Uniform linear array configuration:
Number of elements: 12
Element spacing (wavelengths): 0.5
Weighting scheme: uniform
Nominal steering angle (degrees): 45
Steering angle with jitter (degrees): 45.178
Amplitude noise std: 0.05
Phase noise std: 0.05

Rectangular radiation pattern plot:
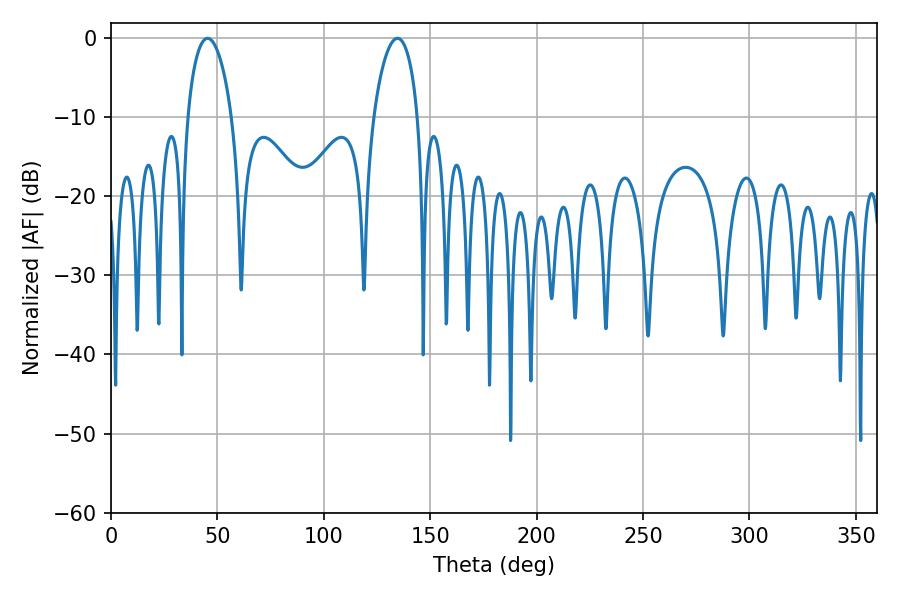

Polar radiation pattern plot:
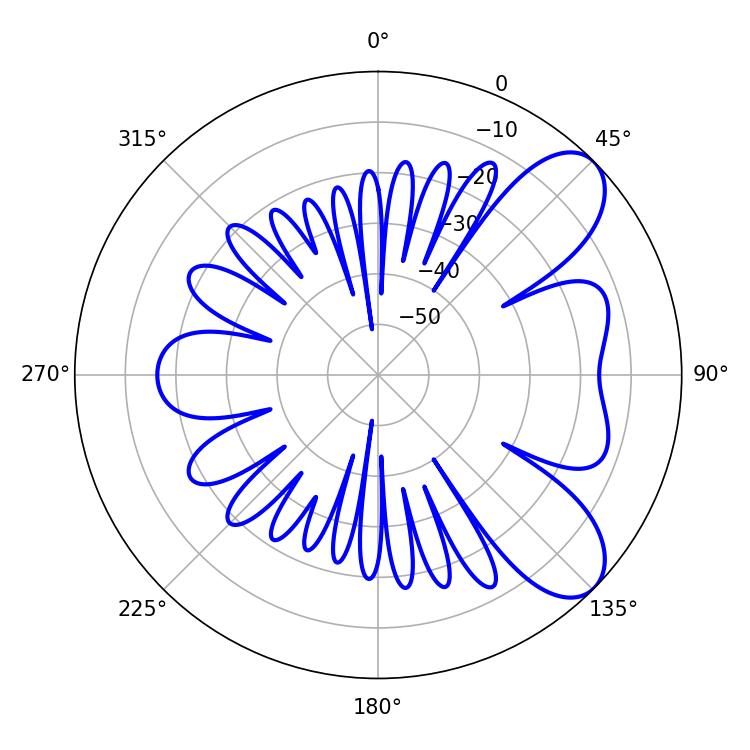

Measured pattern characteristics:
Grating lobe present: FALSE
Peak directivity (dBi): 7.794
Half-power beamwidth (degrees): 11.88
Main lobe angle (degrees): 134.64